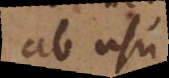
ab usu.